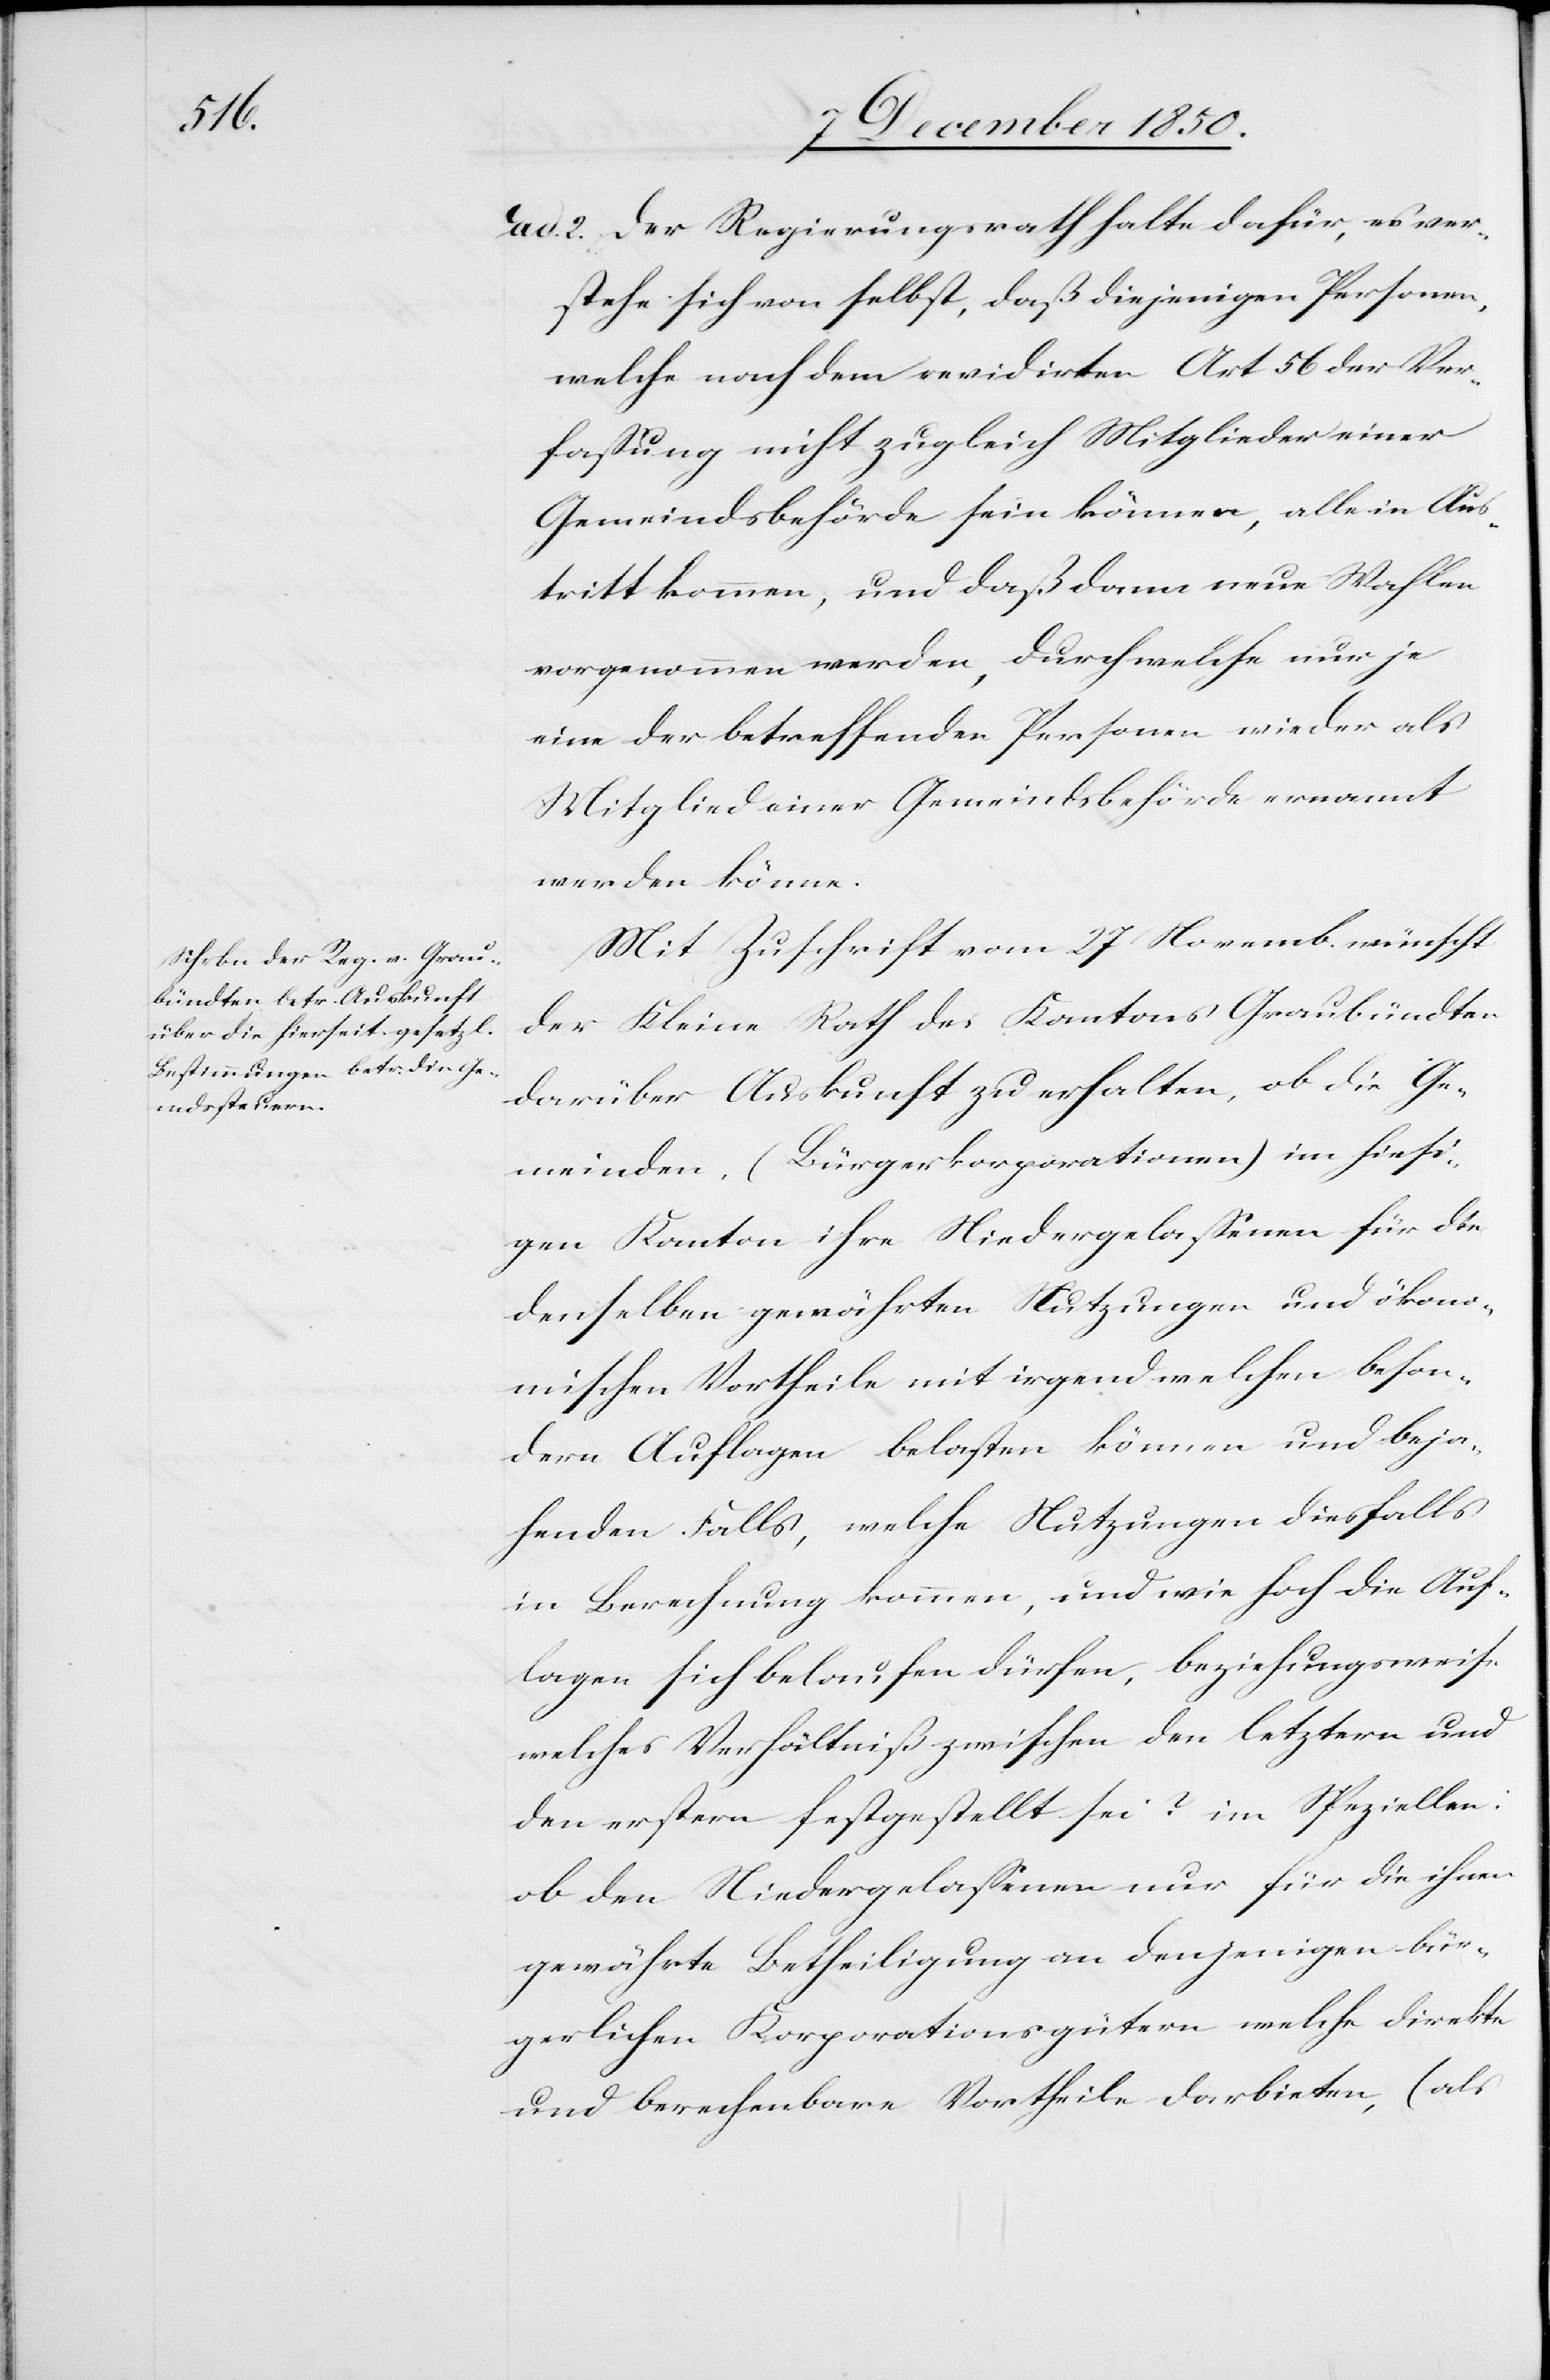
ad. 2. Der Regierungsrath halte dafür, es ver¬
stehe sich von selbst, daß diejenigen Personen,
welche nach dem revidirten Art 56 der Ver¬
fassung nicht zugleich Mitglieder einer
Gemeindsbehörde sein können, alle in Aus¬
tritt kommen, und daß dann neue Wahlen
vorgenommen werden, durch welche nur je
eine der betreffenden Personen wieder als
Mitglied einer Gemeindsbehörde ernannt
werden könne.
Mit Zuschrift vom 27 Novemb. wünscht
der Kleine Rath des Kantons Graubündten
darüber Auskunft zu erhalten, ob die Ge¬
meinden, (Bürgerkorporationen) im hiesi¬
gen Kanton ihre Niedergelassenen für die
denselben gewährten Nutzungen und ökono¬
mischen Vortheile mit irgendwelchen beson¬
dern Auflagen belasten können und beja¬
henden Falls, welche Nutzungen diesfalls
in Berechnung kommen, und wie hoch die Auf¬
lagen sich belaufen dürfen, beziehungsweise
welches Verhältniß zwischen den letztern und
den erstern festgestellt sei? im Speziellen:
ob den Niedergelassenen nur für die ihnen
gewährte Betheiligung an denjenigen bür¬
gerlichen Korporationsgütern welche direkte
und berechenbare Vortheile darbieten, (als